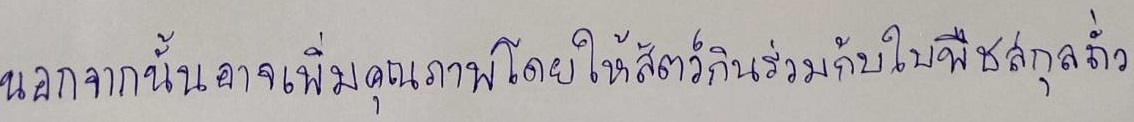
นอกจากนั้นอาจเพิ่มคุณภาพโดยให้สัตว์กินร่วมกับใบพืชสกุลถั่ว